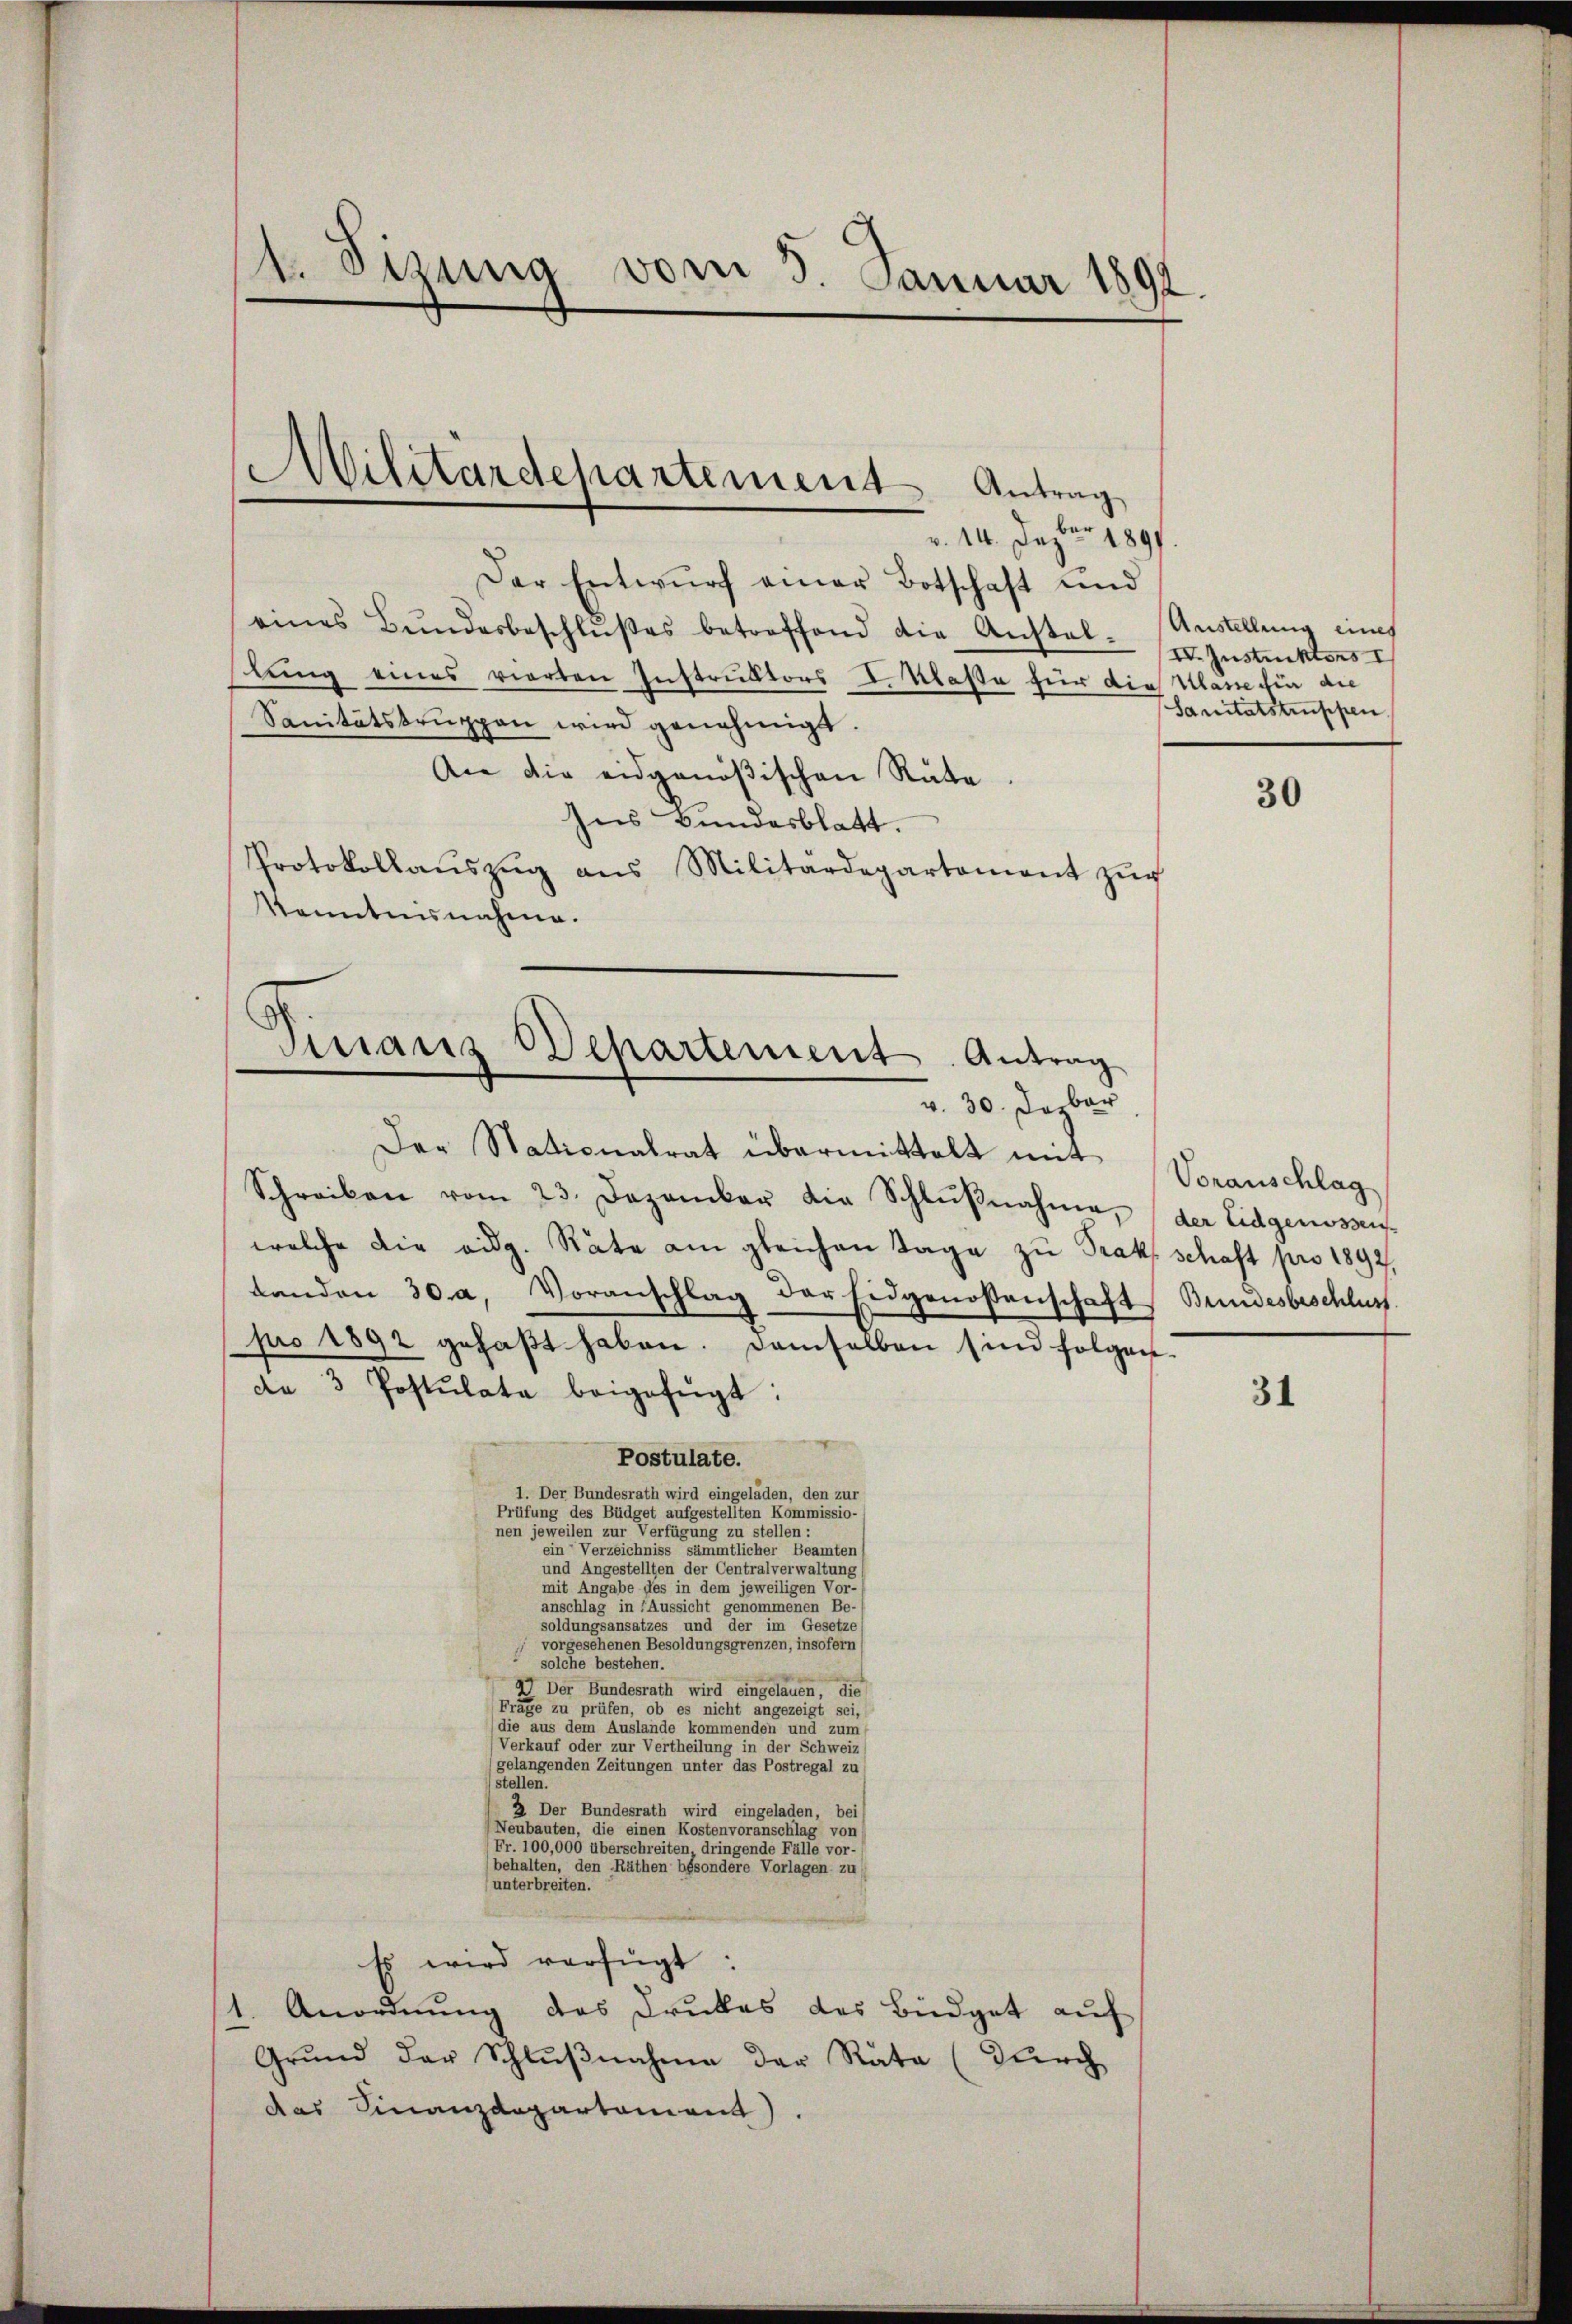
1. Dezung vom 3. Januar 1892.

v. 14. Dapber 1891
Der Entwurf einer Botschaft und
eines Bŭndesbeschlŭβes betreffend die Anstal-Anstellung eines
lung eines vierten Instruktors I. Klaße für die Klasse für die
Sanitätsbrŭppen wird genehmigt.
An die eidgenößischen Räte.
Ins Bundesblatt.
Protokollaŭszŭg ans Militärdepartement zŭr
Kenntnisnahme.

Wilitärdepartement Antrag

Maus Departement. Antrag

v. 30. Dasbar
Der Nationalrat übermittelt mit Voranschlag
Schreiben vom 23. Dezember die Schlŭβnahme, der Eidgenossen
welche die eidg. Räte am gleichen Tage zu Prakt schaft pro 1892,
Landen 30 a. Voranschlag der Eidgenossenschaft Bundesbeschluss.
pro 1892 gehaβt haben. Demselben sind folgen-
de 3 Postulata beigefügt:
Postulate.
1. Der Bundesrath wird eingeladen, den zur
Prüfung des Büdget aufgestellten Kommissio-
nen jeweilen zur Verfügung zu stellen:
ein Verzeichniss sämmtlicher Beamten
und Angestellten der Centralverwaltung
mit Angabe des in dem jeweiligen Vor-
anschlag in Aussicht genommenen Be-
soldungsansatzes und der im Gesetzes
vorgesehenen Besoldungsgrenzen, insofern
1
solche bestehen.
2) Der Bundesrath wird eingelauen, die
Fräge zu prüfen, ob es nicht angezeigt sei,
(die aus dem Auslände kommenden und zum
Verkauf oder zur Vertheilung in der Schweiz
(gelangenden Zeitungen unter das Postregal zu
stellen.
2 Der Bundesrath wird eingeladen, bei
(Neubauten, die einen Kostenvoranschlag von
Fr. 100,000 überschreiten, dringende Fälle vor-
behalten, den Räthen besondere Vorlagen zu
(unterbreiten.
Es wird verfügt:
1. Anordnung des Druckes des Büdget auf
Grŭnd der Schlŭβnahme der Räte (durch
das Finanzdepartemend).

IV. Instruktors I
Sanitätstruppen.

30

31